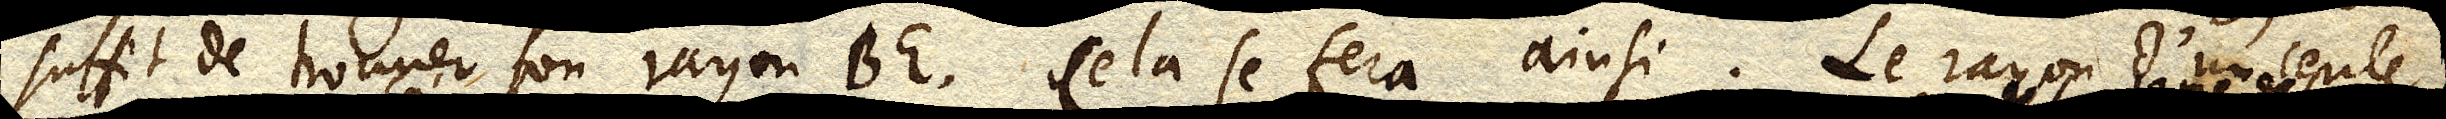
suffit de trouuer son rayon BE. Cela se fera ainsi. La rayon d’un cercle